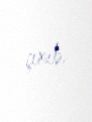
çıxıb.